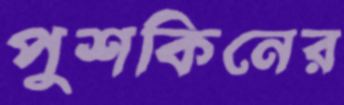
পুশকিনের